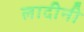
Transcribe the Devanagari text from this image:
लादीनी